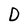
Character: D